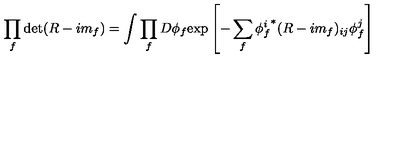
\prod _ { f } \det ( R - i m _ { f } ) = \int \prod _ { f } D \phi _ { f } \mathrm { e x p } \left[ - \sum _ { f } { \phi _ { f } ^ { i } } ^ { * } ( R - i m _ { f } ) _ { i j } \phi _ { f } ^ { j } \right]